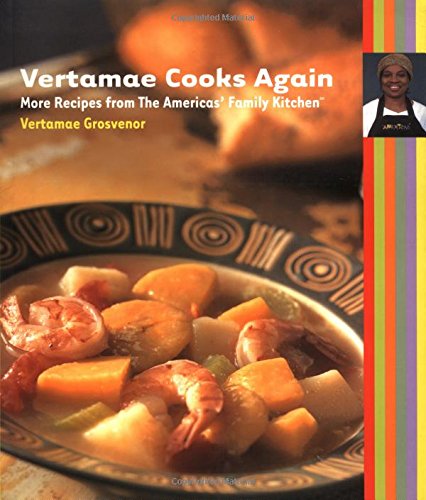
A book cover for Vertamae Cooks Again: More Recipes from the Americas' Family Kitchen; Vertamae Grosvenor; Cookbooks, Food & Wine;